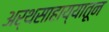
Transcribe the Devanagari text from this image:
अर्थसाहाय्यातून